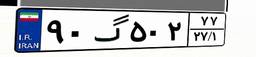
۹۰گ۵۰۲۷۷